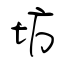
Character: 坊